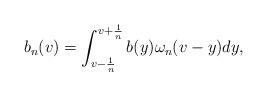
LaTeX: \begin{align*}b_{n}(v)=\int_{v-\frac{1}{n}}^{v+\frac{1}{n}}b(y)\omega_n(v-y)dy,\end{align*}